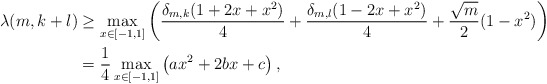
\begin{align*} \lambda(m,k+l)&\geq \max_{x\in[-1,1]}\left( \frac{\delta_{m,k}(1+2x+x^2)}{4}+ \frac{\delta_{m,l}(1-2x+x^2)}{4}+\frac{\sqrt{m}}{2}(1-x^2) \right)\\ &=\frac{1}{4}\max_{x\in [-1,1]}\left( ax^2+2 b x + c \right),\end{align*}